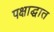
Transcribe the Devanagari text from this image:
पक्षाद्घात